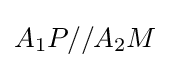
A_{1}P//A_{2}M